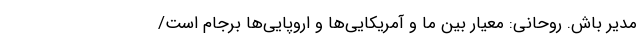
مدیر باش. روحانی: معیار بین ما و آمریکایی‌ها و اروپایی‌ها برجام است/